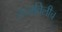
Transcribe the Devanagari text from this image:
रुजविलीच